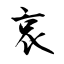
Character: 哀